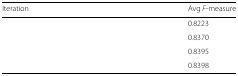
<table><thead><tr><td><b>Iteration</b></td><td><b>Avg <i>F</i>-measure</b></td></tr></thead><tbody><tr><td>[EMPTY_CELL]</td><td>0.8223</td></tr><tr><td>[EMPTY_CELL]</td><td>0.8370</td></tr><tr><td>[EMPTY_CELL]</td><td>0.8395</td></tr><tr><td>[EMPTY_CELL]</td><td>0.8398</td></tr></tbody></table>